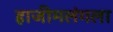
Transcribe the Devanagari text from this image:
हाजीमलंगला